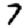
Digit: 7